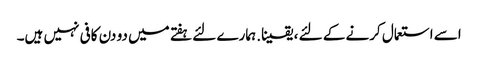
اسے استعمال کرنے کے لئے ، یقینا. ہمارے لئے ہفتے میں دو دن کافی نہیں ہیں۔